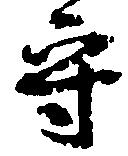
守